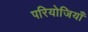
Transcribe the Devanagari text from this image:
परियोजियाँ